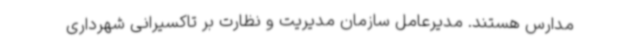
مدارس هستند. مدیرعامل سازمان مدیریت و نظارت بر تاکسیرانی شهرداری